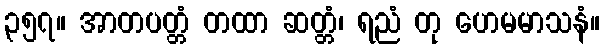
၃၅၇။ အာတပတ္တံ တထာ ဆတ္တံ၊ ရညံ တု ဟေမမာသနံ။